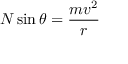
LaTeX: N \sin \theta = { \frac { m v ^ { 2 } } { r } }